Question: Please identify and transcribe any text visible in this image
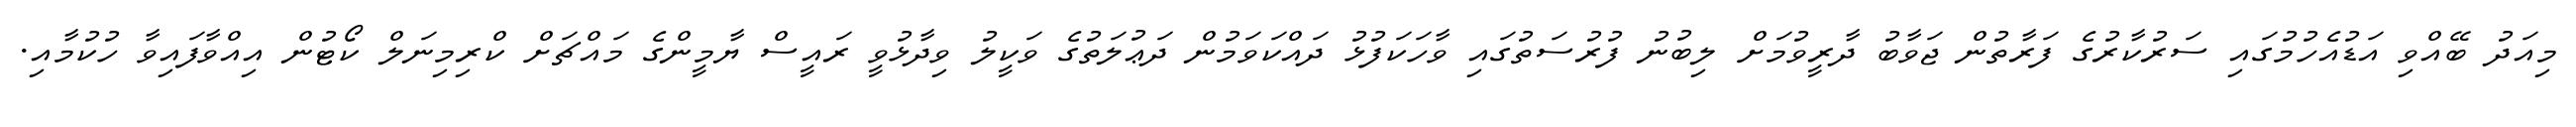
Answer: މިއަދު ބޭއްވި އަޑުއެހުމުގައި ސަރުކާރުގެ ފަރާތުން ޖަވާބު ދާރީވުމަށް ލިބުނު ފުރުސަތުގައި ވާހަކަފުޅު ދައްކަވަމުން ދަޢުލަތުގެ ވަކީލު ވިދާޅުވީ ރައީސް ޔާމީންގެ މައްޗަށް ކްރިމިނަލް ކޯޓުން އިއްވާފައިވާ ހުކުމާއި.